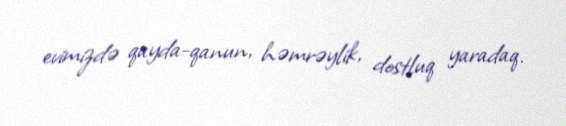
evimizdə qayda-qanun, həmrəylik, dostluq yaradaq.